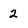
Character: 2